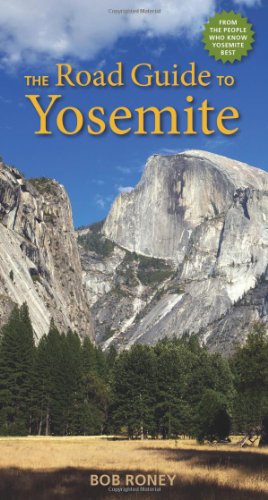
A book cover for The Road Guide to Yosemite; Bob Roney; Travel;